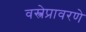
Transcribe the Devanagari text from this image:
वस्त्रेप्रावरणे